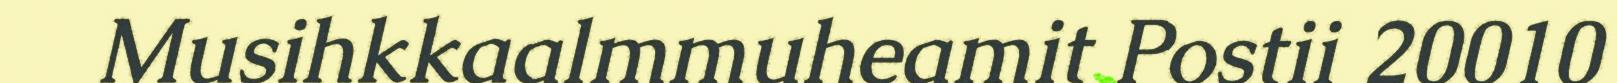
Musihkkaalmmuheamit Postii 20010